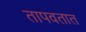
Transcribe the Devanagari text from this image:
तापवतात